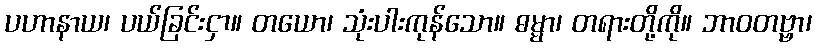
ပဟာနာယ၊ ပယ်ခြင်းငှာ။ တယော၊ သုံးပါးကုန်သော။ ဓမ္မာ၊ တရားတို့ကို။ ဘာဝတဗ္ဗာ၊